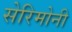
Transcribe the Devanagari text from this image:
सेरिमोनी